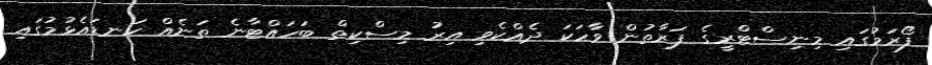
ފޯރަމުގައި މިނިސްޓްރީގެ ފަރާތުން ވާހަކަ ދެއްކެވި އިރު މިސްކިތް ބަހައްޓާނެ ތަނެއް ކަނޑައެޅުމުގައި